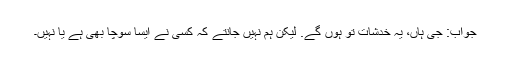
جواب: جی ہاں، یہ خدشات تو ہوں گے. لیکن ہم نہیں جانتے کہ کسی نے ایسا سوچا بھی ہے یا نہیں۔